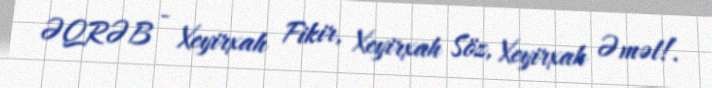
ƏQRƏB - Xeyirxah Fikir, Xeyirxah Söz, Xeyirxah Əməl!.